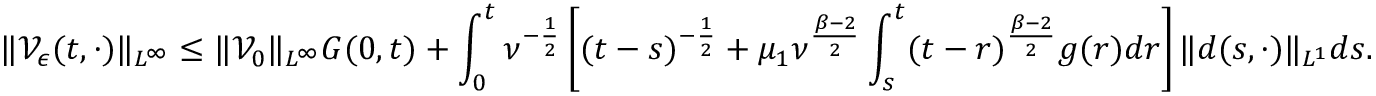
\| \mathcal { V } _ { \epsilon } ( t , \cdot ) \| _ { L ^ { \infty } } \leq \| \mathcal { V } _ { 0 } \| _ { L ^ { \infty } } G ( 0 , t ) + \int _ { 0 } ^ { t } \nu ^ { - \frac { 1 } { 2 } } \left[ ( t - s ) ^ { - \frac { 1 } { 2 } } + \mu _ { 1 } \nu ^ { \frac { \beta - 2 } { 2 } } \int _ { s } ^ { t } ( t - r ) ^ { \frac { \beta - 2 } { 2 } } g ( r ) d r \right] \| d ( s , \cdot ) \| _ { L ^ { 1 } } d s .